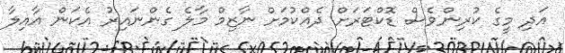
އަދި މީގެ ކުރިންވެސް ޑޮކްޓަރަށް ދެއްކުމަށް ނާޒިމް މާލެ ގެންނައިރު އެކަން އާއިލާ